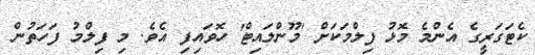
ކެޓަގަރީގެ އެންމެ މޮޅު ފިލްމަކަށް 'މޫންލައިޓް' ހޮވައިފި އެވެ. މި ފިލްމު ފަހަތުން